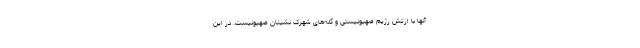
آنها با ارتش رژیم صهیونیستی و گله‌های شهرک نشینان صهیونیست. در این